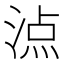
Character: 𣸾